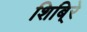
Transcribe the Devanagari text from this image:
शिबि्रे